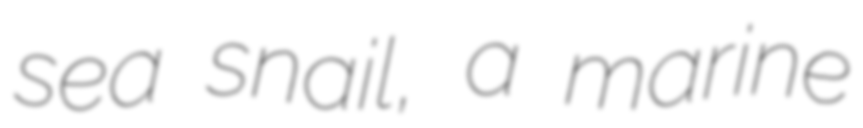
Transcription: sea snail, a marine